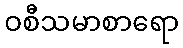
ဝစီသမာစာရော